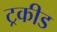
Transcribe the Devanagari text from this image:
ट्रकीड